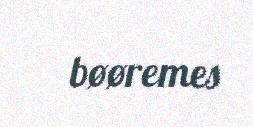
bøøremes